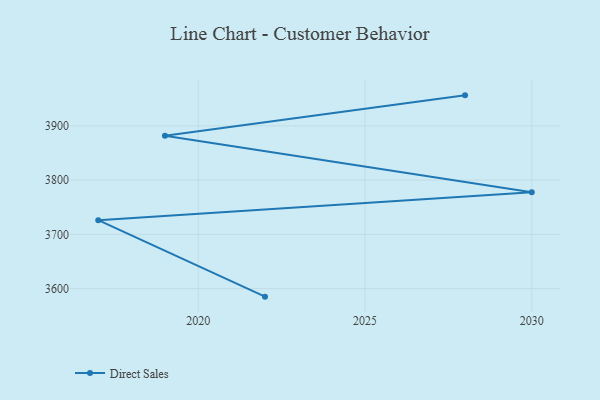
{"axis": {"x": "Year", "y": "Backlog"}, "legend": ["Direct Sales"], "data": [{"x": "2022", "y": 3585.2, "type": "Direct Sales"}, {"x": "2017", "y": 3726.2, "type": "Direct Sales"}, {"x": "2030", "y": 3777.8, "type": "Direct Sales"}, {"x": "2019", "y": 3881.8, "type": "Direct Sales"}, {"x": "2028", "y": 3956.2, "type": "Direct Sales"}]}